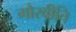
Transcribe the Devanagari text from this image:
गौरवीति